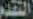
التقدم